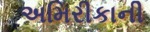
અમિરીકાની